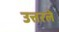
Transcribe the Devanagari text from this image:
उत्तरले